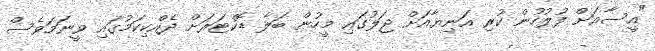
"އީސާއަށް ފުލުހުން ކުރި އަނިޔާއަށް ޖަލުގައި މީހުން ބަލާ ޑޮކްޓަރަށް ދެއްކިކަމުގައި ވީނަމަވެސް